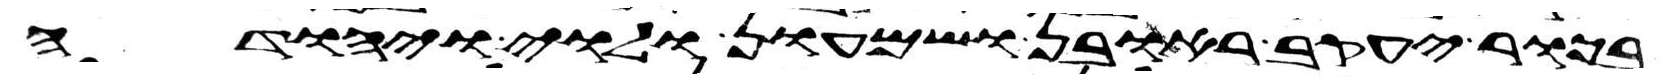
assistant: בכור יעקב ראובן ושמעון ולוי ויהודה